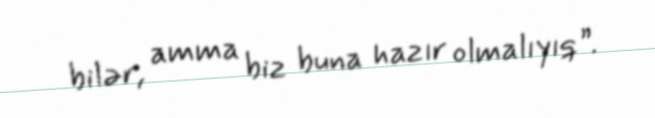
bilər, amma biz buna hazır olmalıyıq”.